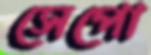
সেপো